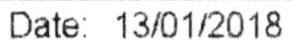
DATE: 13/01/2018